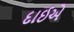
દાઈએ